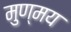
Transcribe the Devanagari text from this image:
मुण्मय